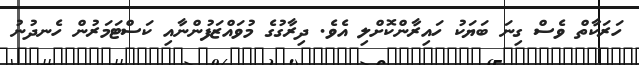
ހަރަކާތް ވެސް ގިނަ ބަޔަކު ހައިރާންކޮށްލި އެވެ. ދިރާގުގެ މުވައްޒަފުންނާއި ކަސްޓަމަރުން ހެނދުނު